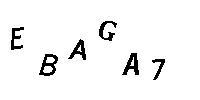
EBAGA7